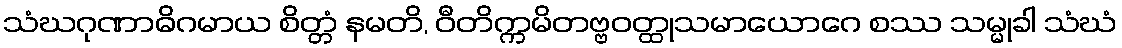
သံဃဂုဏာဓိဂမာယ စိတ္တံ နမတိ, ဝီတိက္ကမိတဗ္ဗဝတ္ထုသမာယောဂေ စဿ သမ္မုခါ သံဃံ